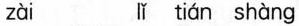
zài lǐ tián shàng